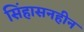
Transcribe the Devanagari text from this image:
सिंहासनहीन